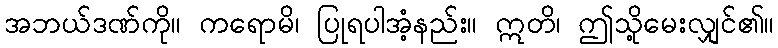
အဘယ်ဒဏ်ကို။ ကရောမိ၊ ပြုရပါအံ့နည်း။ ဣတိ၊ ဤသို့မေးလျှင်၏။